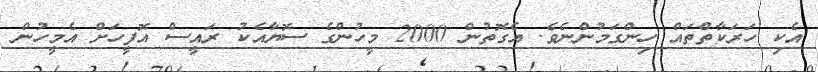
އެކި ހަރަކާތްތައް ހިންގަމުންނެވެ. އެގޮތުން 2000 މީހުންގެ ސޮޔާއެކު ރައީސް އޮފީހަށް އެމީހުން